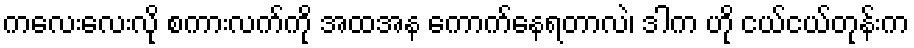
ကလေးလေးလို စကားလက်ကို အထအန ကောက်နေရတာလဲ၊ ဒါက ဟို ငယ်ငယ်တုန်းက